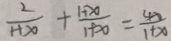
\frac { 2 } { 1 + 2 0 } + \frac { 1 + x } { 1 + 2 0 } = \frac { 4 0 } { 1 + x }